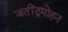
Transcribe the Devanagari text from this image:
जतींद्रमोहन